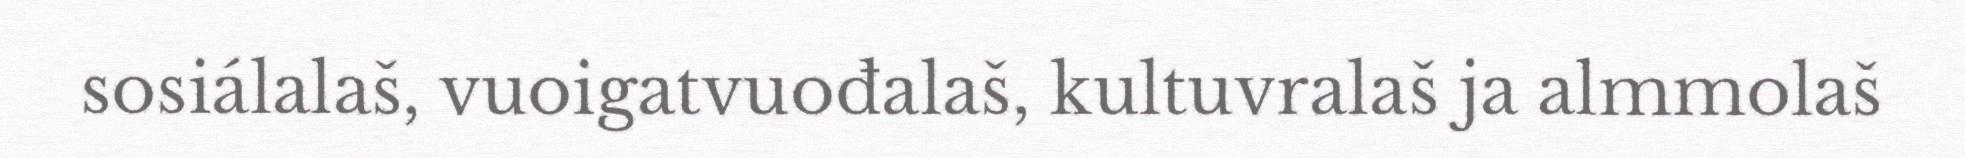
sosiálalaš, vuoigatvuođalaš, kultuvralaš ja almmolaš